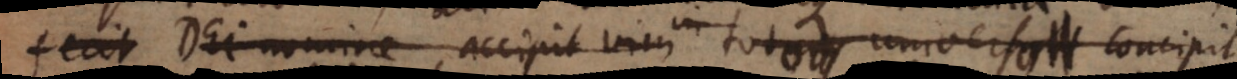
fecit Dei nomine accipit vim Totum universum con